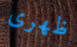
ظهرى